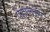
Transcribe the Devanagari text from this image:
पैहाचॉन